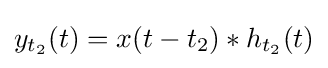
y_{t_{2}}(t)=x(t-t_{2})*h_{t_{2}}(t)